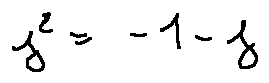
j ^ { 2 } = - 1 - j